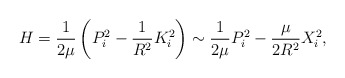
\begin{align*}H=\frac{1}{2\mu}\left(P_{i}^{2}-\frac{1}{R^{2}}K_{i}^{2}\right)\sim \frac{1}{2\mu}P_{i}^{2}-\frac{\mu}{2R^{2}}X_{i}^{2},\end{align*}